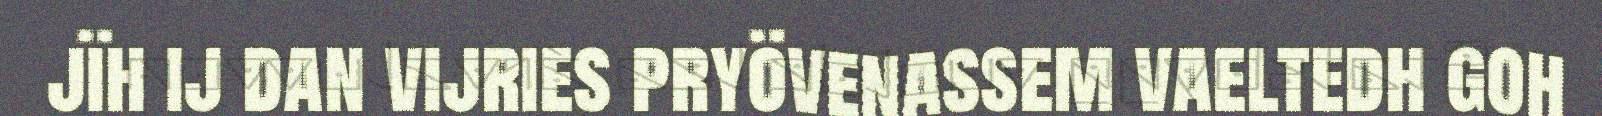
jïh ij dan vijries pryövenassem vaeltedh goh